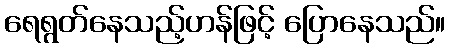
ရေရွတ်နေသည့်ဟန်ဖြင့် ပြောနေသည်။